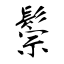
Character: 鬃